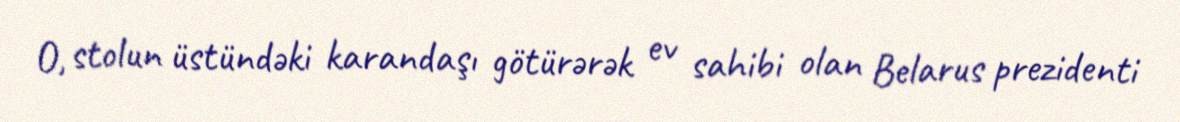
O, stolun üstündəki karandaşı götürərək ev sahibi olan Belarus prezidenti